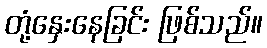
တုံ့နှေးနေခြင်း ဖြစ်သည်။